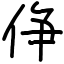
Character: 鿇